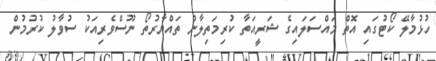
ހުޅުމާލޭ ކޯޓުގައި އޮތް މައްސަލައިގެ ޝަރީއަތާ ކުރިމަތިލާން ތައްޔާރުތޯ ނޫސްވެރިއަކު ސުވާލު ކުރުމުން